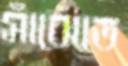
সাঁঝেতে